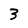
Character: 3